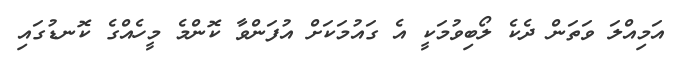
އަމިއްލަ ވަތަން ދެެކެ ލޯބިވުމަކީ އެ ގައުމަަކަށް އުފަންވާ ކޮންމެ މީހެއްގެ ކޮނޑުގައި